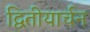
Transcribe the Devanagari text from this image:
द्वितीयार्चन